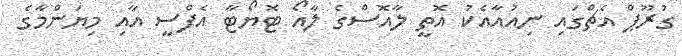
ގުރޫޕް އެޗްގައި ނިއުއާއެކު އޮތީ ލާއޮސްގެ ލާއޯ ޓޮޔޯޓާ އެފްސީ އާއި މިޔަންމާގެ